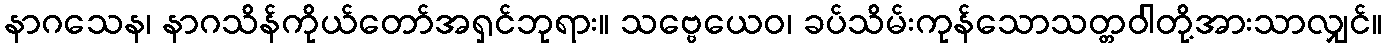
နာဂသေန၊ နာဂသိန်ကိုယ်တော်အရှင်ဘုရား။ သဗ္ဗေယေဝ၊ ခပ်သိမ်းကုန်သောသတ္တဝါတို့အားသာလျှင်။